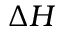
\Delta H